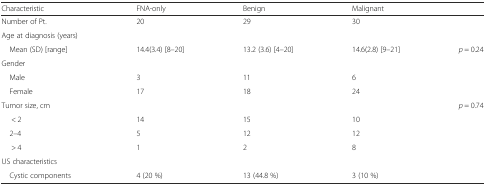
<table><thead><tr><td><b>Characteristic</b></td><td><b>FNA-only</b></td><td><b>Benign</b></td><td><b>Malignant</b></td><td></td></tr></thead><tbody><tr><td>Number of Pt.</td><td>20</td><td>29</td><td>30</td><td></td></tr><tr><td>Age at diagnosis (years)</td><td></td><td></td><td></td><td></td></tr><tr><td> Mean (SD) [range]</td><td>14.4(3.4) [8–20]</td><td>13.2 (3.6) [4–20]</td><td>14.6(2.8) [9–21]</td><td><i>p</i> = 0.24</td></tr><tr><td>Gender</td><td></td><td></td><td></td><td></td></tr><tr><td> Male</td><td>3</td><td>11</td><td>6</td><td></td></tr><tr><td> Female</td><td>17</td><td>18</td><td>24</td><td></td></tr><tr><td>Tumor size, cm</td><td></td><td></td><td></td><td><i>p</i> = 0.74</td></tr><tr><td>&lt; 2</td><td>14</td><td>15</td><td>10</td><td></td></tr><tr><td> 2–4</td><td>5</td><td>12</td><td>12</td><td></td></tr><tr><td>&gt; 4</td><td>1</td><td>2</td><td>8</td><td></td></tr><tr><td>US characteristics</td><td></td><td></td><td></td><td></td></tr><tr><td> Cystic components</td><td>4 (20 %)</td><td>13 (44.8 %)</td><td>3 (10 %)</td><td></td></tr></tbody></table>